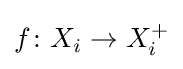
f\colon X_{i}\rightarrow X_{i}^{+}